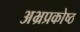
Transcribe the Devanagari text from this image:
अभ्रप्रकोष्ठ